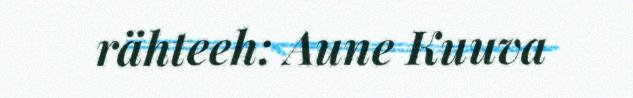
rähteeh: Aune Kuuva